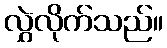
လွှဲလိုက်သည်။